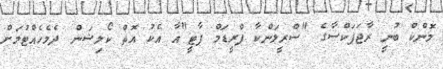
މޮންކް ބުނީ ރާޖަޕަކްސާގެ "ސްރީލަންކާ ފްރީޑަމް ޕާޓީ"އާ އެކު އޮތް ކޯލިޝަން ދެމެހެއްޓުމަށް